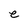
Character: e